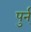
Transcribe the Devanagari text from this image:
पुर्न्